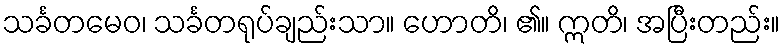
သင်္ခတမေဝ၊ သင်္ခတရုပ်ချည်းသာ။ ဟောတိ၊ ၏။ ဣတိ၊ အပြီးတည်း။